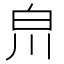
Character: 𤽃